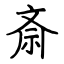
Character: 斎